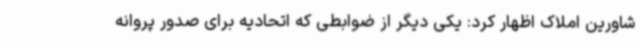
شاورین املاک اظهار کرد: یکی دیگر از ضوابطی که اتحادیه برای صدور پروانه